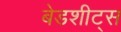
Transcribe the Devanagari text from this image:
बेडशीट्स